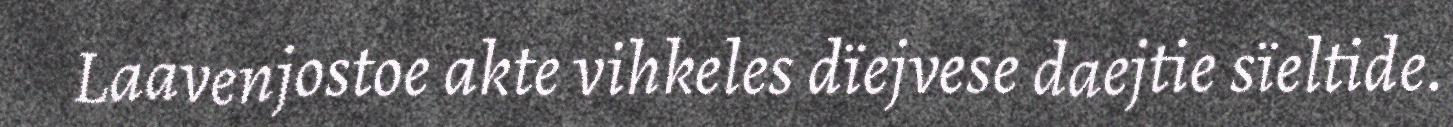
Laavenjostoe akte vihkeles dïejvese daejtie sïeltide.